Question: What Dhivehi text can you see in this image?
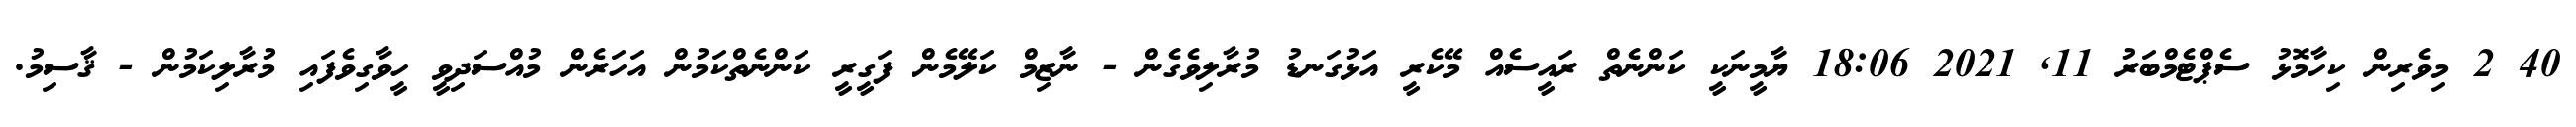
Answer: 40 2 މިވެރިން ކިހާމޮޅު ސެޕްޓެމްބަރު 11, 2021 18:06 ޔާމީނަކީ ކަންނެތް ރައީސެއް މޭކެރީ އަޅުގަނޑު މުރާލިވެގެން - ނާޒިމް ކަލޭމެން ފަގީރީ ކަންނެތްކަމުން އަހަރެން މުއްސަދިވީ ހީވާގިވެފައި މުރާލިކަމުން - ޤާސިމު.